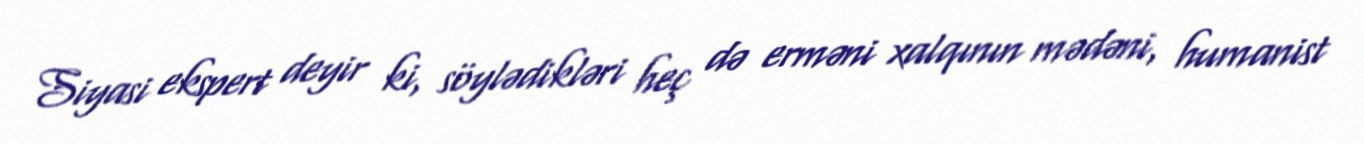
Siyasi ekspert deyir ki, söylədikləri heç də erməni xalqının mədəni, humanist